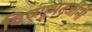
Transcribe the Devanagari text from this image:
विष्णूभटजींनी